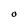
Character: O